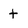
Character: t